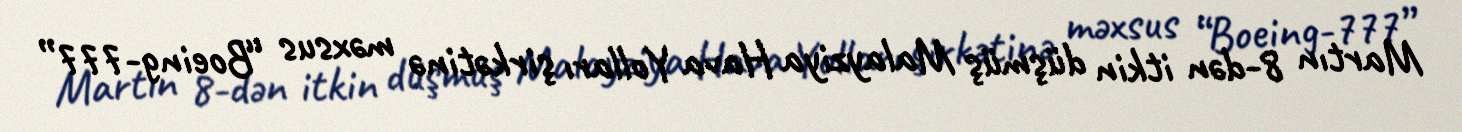
Martın 8-dən itkin düşmüş Malayziya Hava Yolları şirkətinə məxsus “Boeing-777”